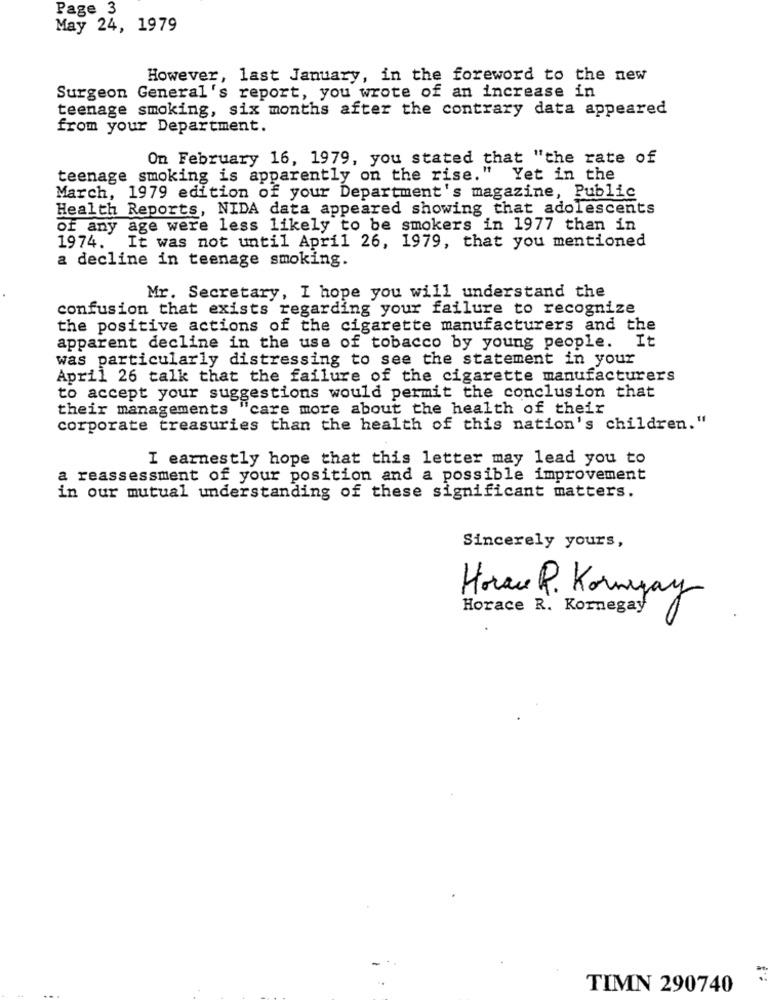
Page 3
May 24, 1979
However, last January, in the foreword to the new
Surgeon General's report, you wrote of an increase in
teenage smoking, six months after the contrary data appeared
from your Department.
On February 16, 1979, you stated that "the rate of
teenage smoking is apparently on the rise." Yet in the
March, 1979 edition of your Department's magazine, Public
Health Reports, NIDA data appeared showing that adolescents
of any age were less likely to be smokers in 1977 than in
1974. It was not until April 26, 1979, that you mentioned
a decline in teenage smoking.
Mr. Secretary, I hope you will understand the
confusion that exists regarding your failure to recognize
the positive actions of the cigarette manufacturers and the
apparent decline in the use of tobacco by young people. It
was particularly distressing to see the statement in your
April 26 talk that the failure of the cigarette manufacturers
to accept your suggestions would permit the conclusion that
their managements "care more about the health of their
corporate treasuries than the health of this nation's children."
I earnestly hope that this letter may lead you to
a reassessment of your position and a possible improvement
in our mutual understanding of these significant matters.
Sincerely yours,
Horace R. Kornyay
Horace R. Kornegay
TIMN 290740